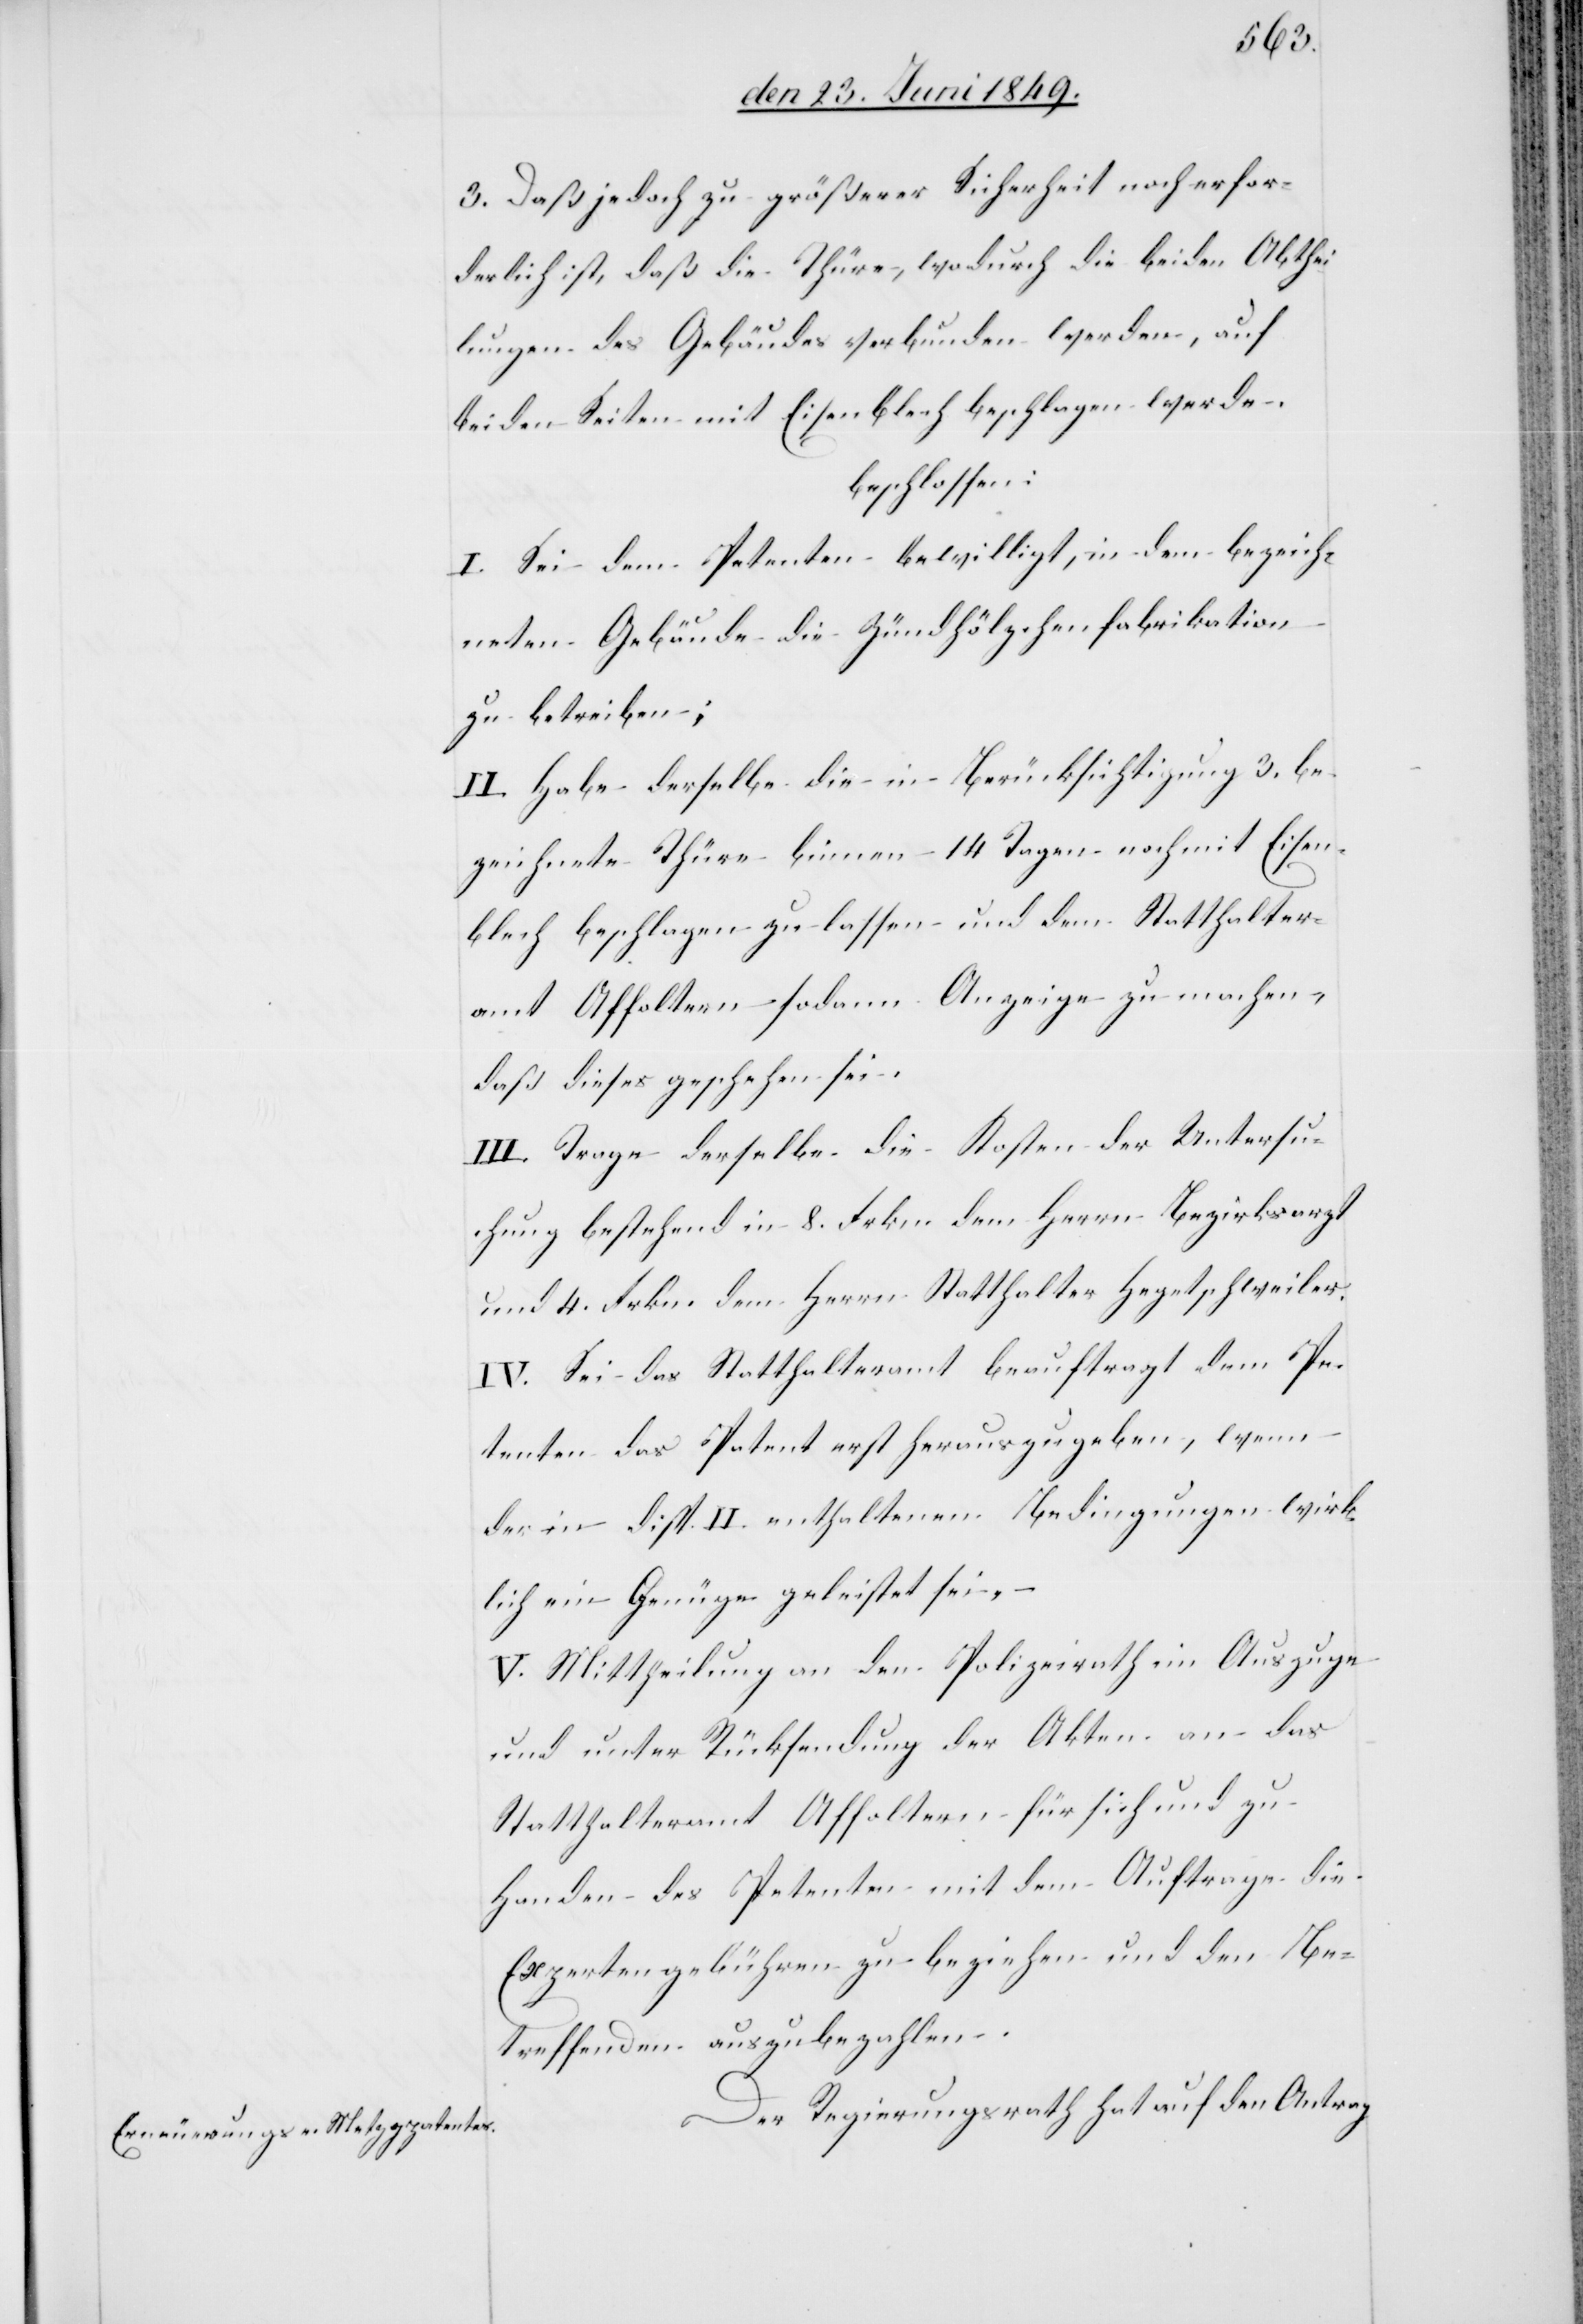
3. Daß jedoch zu größerer Sicherheit noch erfor¬
derlich ist, daß die Thüre, wodurch die beiden Abthei¬
lungen des Gebäudes verbunden werden, auf
beiden Seiten mit Eisenblech beschlagen werde.
beschlossen:
I. Sei dem Petenten bewilligt, in dem bezeich¬
neten Gebäude die Zündhölzchenfabrikation
zu betreiben;
II. Habe derselbe die in Berücksichtigung 3. be¬
zeichnete Thüre binnen 14 Tagen noch mit Eisen¬
blech beschlagen zu lassen und dem Statthalter¬
amt Affoltern sodann Anzeige zu machen,
daß dieses geschehen sei.
III. Trage derselbe die Kosten der Untersu¬
chung bestehend in 8. Frkn. dem Herrn Bezirksarzt
und 4. Frkn. dem Herrn Statthalter Hegetschweiler.
IV. Sei das Statthalteramt beauftragt dem Pe¬
tenten das Patent erst herauszugeben, wenn
der in disp. II. enthaltenen Bedingungen wirk¬
lich ein Genüge geleistet sei, –
V. Mittheilung an den Polizeirath im Auszuge
und unter Rücksendung der Akten an das
Statthalteramt Affoltern für sich und zu
Handen des Petenten mit dem Auftrage die
Expertengebühren zu beziehen und den Be¬
treffenden auszubezahlen.
Der Regierungsrath hat auf den Antrag